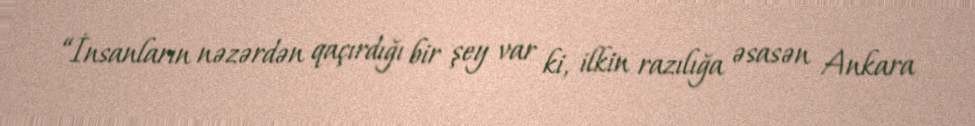
“İnsanların nəzərdən qaçırdığı bir şey var ki, ilkin razılığa əsasən Ankara